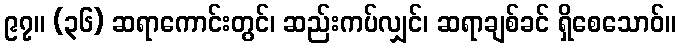
၉၇။ (၃၆) ဆရာကောင်းတွင်၊ ဆည်းကပ်လျှင်၊ ဆရာချစ်ခင် ရှိစေသောဝ်။